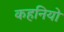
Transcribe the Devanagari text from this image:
कहनियो